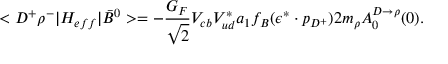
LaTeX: < D ^ { + } \rho ^ { - } | { \cal H } _ { e f f } | \bar { B } ^ { 0 } > = - \frac { G _ { F } } { \sqrt { 2 } } V _ { c b } V _ { u d } ^ { * } a _ { 1 } f _ { B } ( \epsilon ^ { * } \cdot p _ { D ^ { + } } ) 2 m _ { \rho } A _ { 0 } ^ { D \to \rho } ( 0 ) .